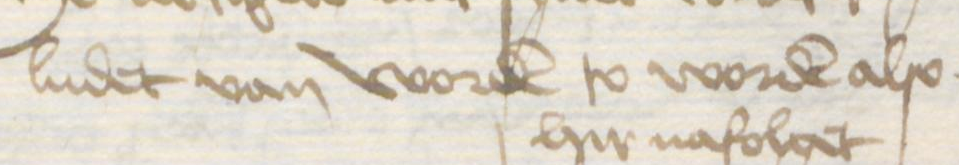
Transcription: ludet van worden to worden also